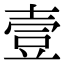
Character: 壹